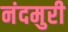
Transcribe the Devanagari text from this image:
नंदमुरी